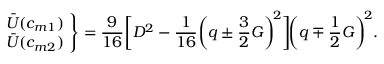
\begin{array} { c c c } { \displaystyle { \left. \begin{array} { l } { \bar { U } ( c _ { m 1 } ) } \\ { \bar { U } ( c _ { m 2 } ) } \end{array} \! \right\} = \frac { 9 } { 1 6 } \bigg [ D ^ { 2 } - \frac { 1 } { 1 6 } \bigg ( q \pm \frac { 3 } { 2 } G \bigg ) ^ { \! 2 } \bigg ] \! \bigg ( q \mp \frac { 1 } { 2 } G \bigg ) ^ { \! 2 } . } } \end{array}